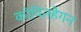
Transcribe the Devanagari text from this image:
कोपिनहैगन